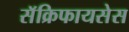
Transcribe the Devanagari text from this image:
सॅक्रिफायसेस